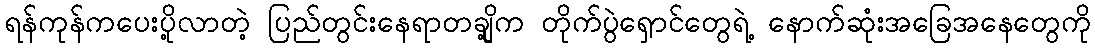
ရန်ကုန်ကပေးပို့လာတဲ့ ပြည်တွင်းနေရာတချို့က တိုက်ပွဲရှောင်တွေရဲ့ နောက်ဆုံးအခြေအနေတွေကို